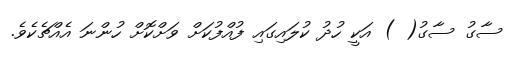
ސާގު ސާގު( ) އަކީ ހުދު ކުލައިގައި ފުއްފުކަށް ވަށްކޮށް ހުންނަ އެއްޗެކެވެ.